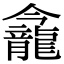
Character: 𪚕